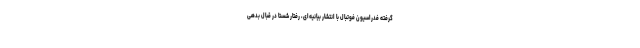
گرفته فدراسیون فوتبال با انتشار بیانیه‌ای، رفتار شستا در قبال بدهی